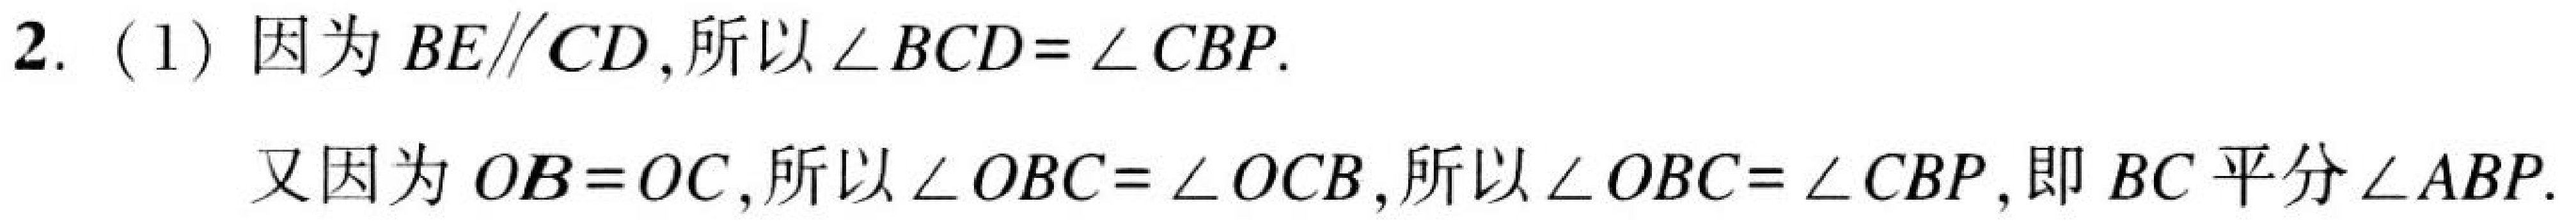
2. (1) 因为\(BE\parallel CD\),所以\(\angle BCD = \angle CBP\).
又因为\(OB = OC\),所以\(\angle OBC=\angle OCB\),所以\(\angle OBC = \angle CBP\),即\(BC\)平分\(\angle ABP\).